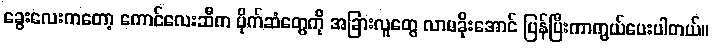
ခွေးလေးကတော့ ကောင်လေးဆီက ပိုက်ဆံတွေကို အခြားလူတွေ လာမခိုးအောင် ပြန်ပြီးကာကွယ်ပေးပါတယ်။